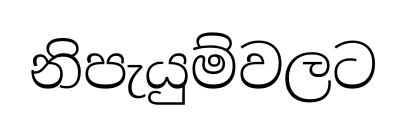
නිපැයුම්වලට